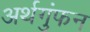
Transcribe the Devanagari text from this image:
अर्थगुंफन